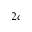
_ { 2 c }